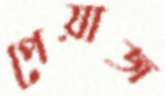
পেয়াজ